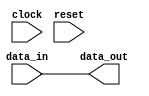
module low_power_buffer (
    input wire clock,
    input wire reset,
    input wire [7:0] data_in,
    output reg [7:0] data_out
);

reg [1:0] power_mode;

always @(posedge clock or posedge reset) begin
    if (reset) begin
        power_mode <= 2'b00; // full power mode
    end else begin
        // monitor activity of output signals and adjust power consumption accordingly
        // code to adjust power mode dynamically based on activity level
    end
end

always @(posedge clock or posedge reset) begin
    case (power_mode)
        2'b00: begin // full power mode
            // code for full power mode settings
        end
        2'b01: begin // low power mode 1
            // code for low power mode 1 settings
        end
        2'b10: begin // low power mode 2
            // code for low power mode 2 settings
        end
        2'b11: begin // low power mode 3
            // code for low power mode 3 settings
        end
        default: begin
            // default settings if power_mode is invalid
        end
    endcase
end

assign data_out = data_in; // example output buffer with reduced drive strength

endmodule